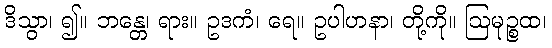
ဒိသွာ၊ ၍။ ဘန္တေ၊ ရား။ ဥဒကံ၊ ရေ။ ဥပါဟနာ၊ တို့ကို။ ဩမုဉ္စထ၊